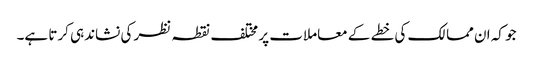
جو کہ ان ممالک کی خطے کے معاملات پر مختلف نقطہ نظر کی نشاندہی کرتا ہے۔